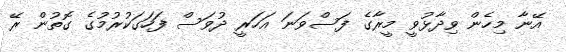
އޭނާ މިހެެން ވިދާޅުވީ މީރާގެ ފަސްވަނަ އަހަރީ ދުވަސް ފަހަގަކުރުމުގެ ގޮތުން ރޭ